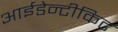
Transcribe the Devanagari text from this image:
आईडेन्टीकिट